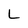
Character: L